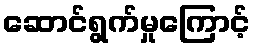
ဆောင်ရွက်မှုကြောင့်